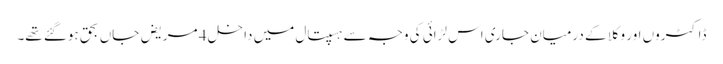
ڈاکٹروں اور وکلا کے درمیان جاری اس لڑائی کی وجہ سے ہسپتال میں داخل 4 مریض جاں بحق ہوگئے تھے۔